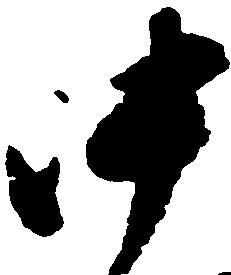
中